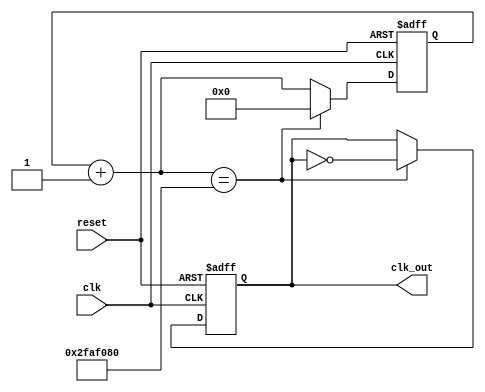
`timescale 1ns / 1ps
//////////////////////////////////////////////////////////////////////////////////
// Company: 
// Engineer: 
// 
// Design Name: 
// Module Name:    clock_divider_19bit 
// Project Name: 
// Target Devices: 
// Tool versions: 
// Description: 
//
// Dependencies: 
//
// Revision: 
// Revision 0.01 - File Created
// Additional Comments: 
//
//////////////////////////////////////////////////////////////////////////////////
module clk_div (clk,reset, clk_out);
 
input clk;
input reset;
output clk_out;
 
reg [27:0] r_reg;
wire [27:0] r_nxt;
reg clk_track;
 
always @(posedge clk or posedge reset)
 
begin
  if (reset)
     begin
        r_reg <= 0;
	clk_track <= 1'b0;
     end
 
  else if (r_nxt == 50000000)
 	   begin
	     r_reg <= 0;
	     clk_track <= ~clk_track;
	   end
 
  else 
      r_reg <= r_nxt;
end
 
 assign r_nxt = r_reg+1;   	      
 assign clk_out = clk_track;
endmodule